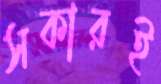
সকারই